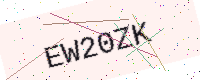
Text: EW20ZK